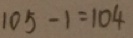
1 0 5 - 1 = 1 0 4